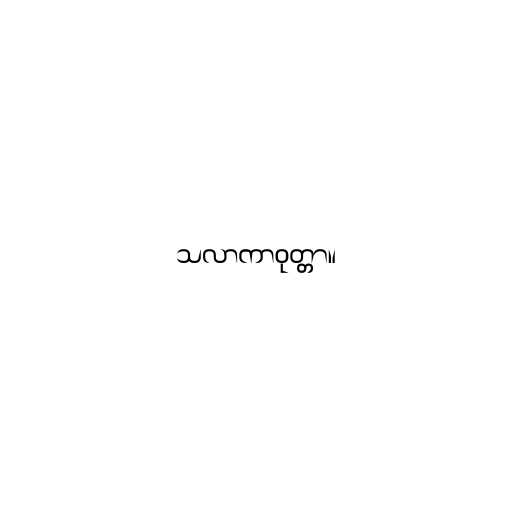
သလာကာဝုတ္တာ။